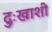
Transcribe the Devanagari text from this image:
दुःखाशी